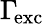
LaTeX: \Gamma\! _{\mathrm{exc}}